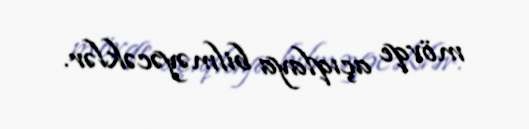
mövqe açıqlaya bilməyəcəklər.